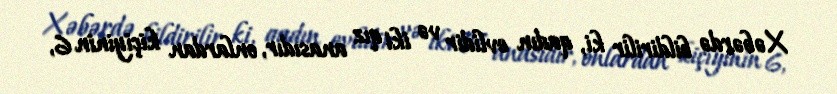
Xəbərdə bildirilir ki, qadın evlidir və iki qız anasıdır, onlardan kiçiyinin 6,